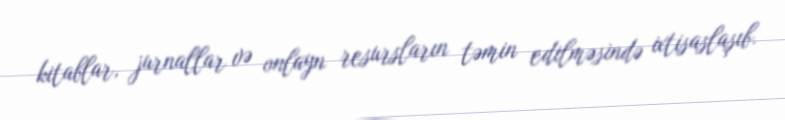
kitablar, jurnallar və onlayn resursların təmin edilməsində ixtisaslaşıb.